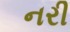
નરી